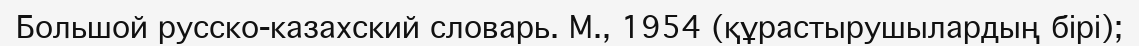
Большой русско-казахский словарь. М., 1954 (құрастырушылардың бірі);